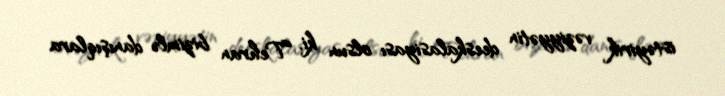
istəyirik vəziyyətin deeskalasiyası olsun ki, Tehran bizimlə danışıqlara